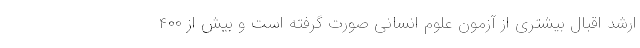
ارشد اقبال بیشتری از آزمون علوم انسانی صورت گرفته است و بیش از ۴۰۰